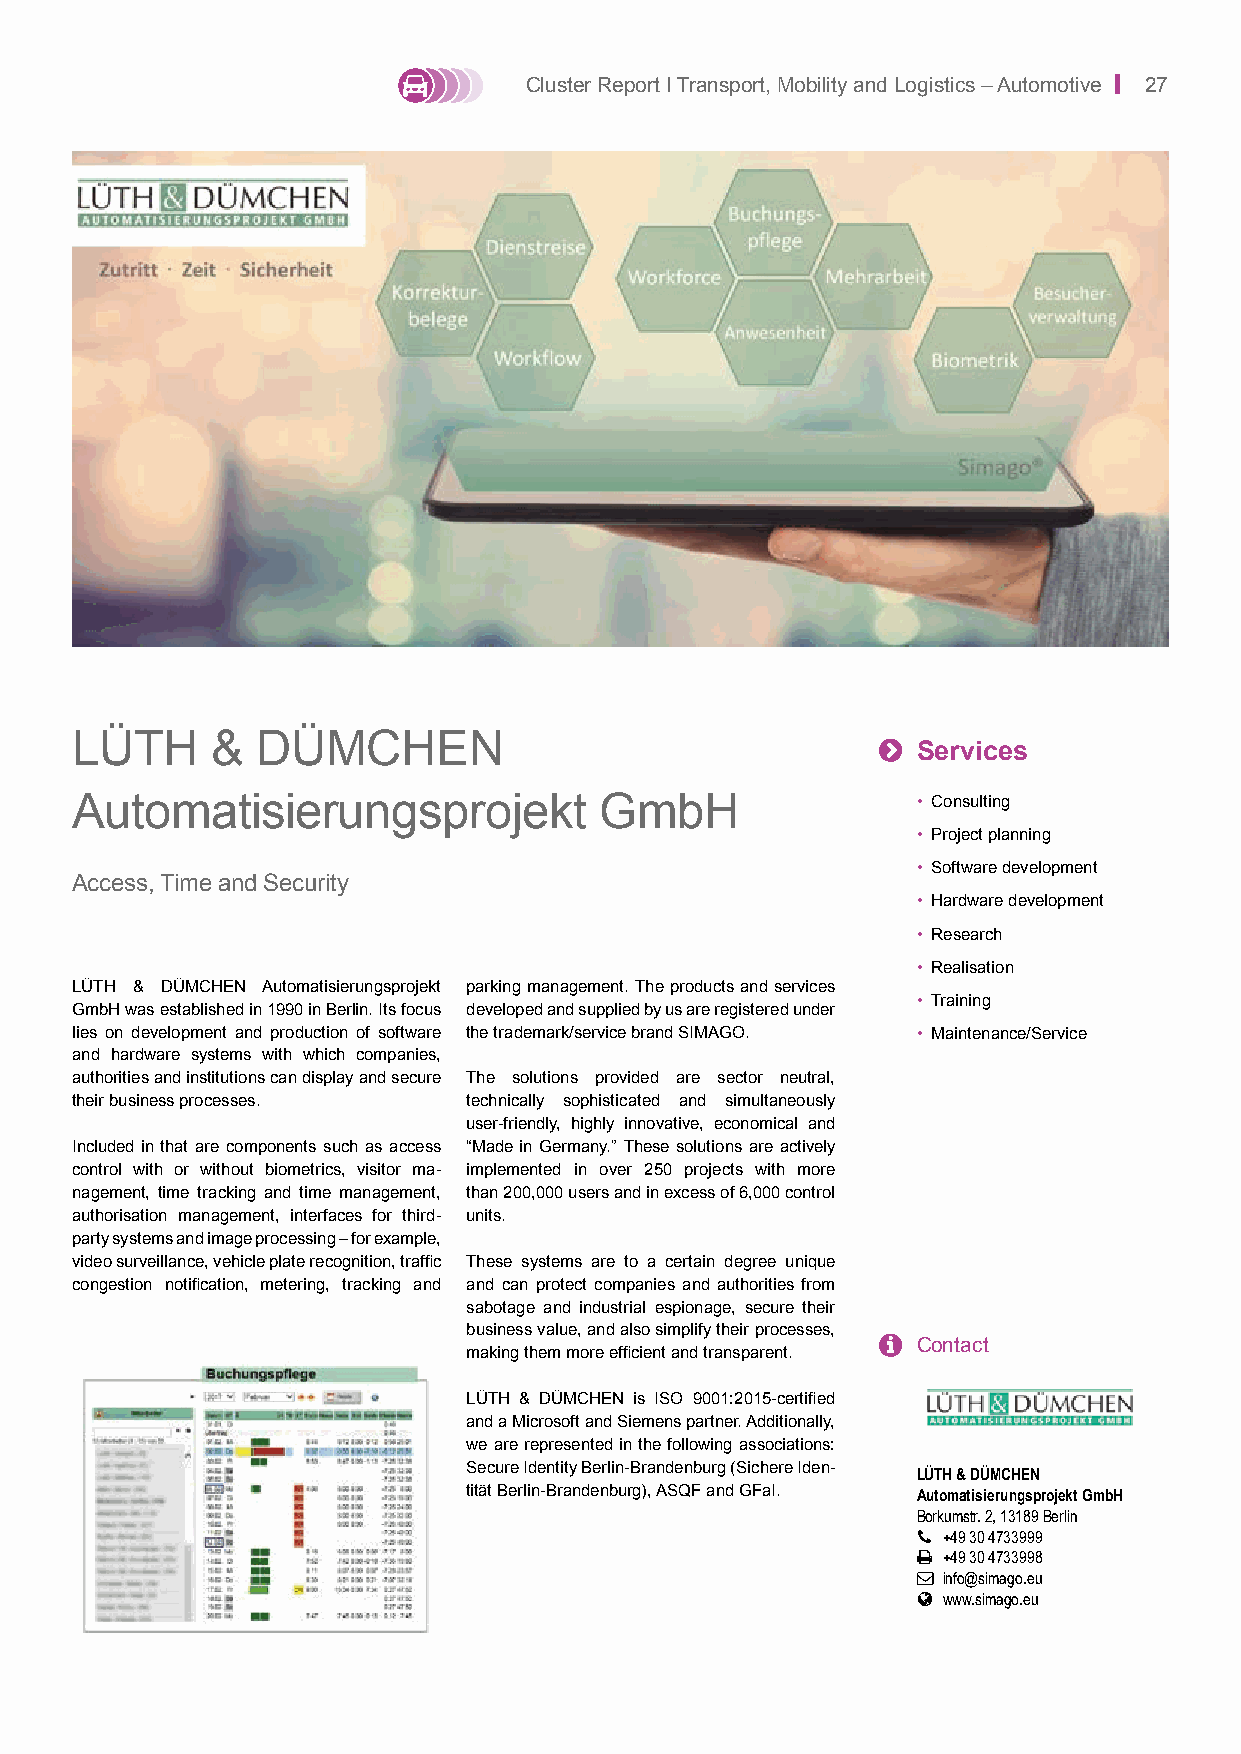
Cluster Report I Transport, Mobility and Logistics – Automotive | 27
 LÜTH     &  DÜMCHEN                                  
 Services
 Automatisierungsprojekt            GmbH                 • Consulting
 • Project planning
 • Software development
 Access, Time and Security
 • Hardware development
 • Research
 • Realisation
 LÜTH & DÜMCHEN Automatisierungsprojekt parking management. The products and services
 • Training
 GmbH was established in 1990 in Berlin. Its focus developed and supplied by us are registered under
 lies on development and production of software the trademark/service brand SIMAGO. • Maintenance/Service
 and hardware systems with which companies,
 authorities and institutions can display and secure The solutions provided are sector neutral,
 their business processes. technically sophisticated and simultaneously
 user-friendly, highly innovative, economical and
 Included in that are components such as access “Made in Germany.” These solutions are actively
 control with or without biometrics, visitor ma- implemented in over 250 projects with more
 nagement, time tracking and time management, than 200,000 users and in excess of 6,000 control
 authorisation management, interfaces for third- units.
 party systems and image processing – for example,
 video surveillance, vehicle plate recognition, traffic These systems are to a certain degree unique
 congestion notification, metering, tracking and and can protect companies and authorities from
 sabotage and industrial espionage, secure their
 business value, and also simplify their processes,
   Contact
 making them more efficient and transparent.
 LÜTH & DÜMCHEN is ISO 9001:2015-certified
 and a Microsoft and Siemens partner. Additionally,
 we are represented in the following associations:
 Secure Identity Berlin-Brandenburg (Sichere Iden- LÜTH & DÜMCHEN
 tität Berlin-Brandenburg), ASQF and GFaI. Automatisierungsprojekt GmbH
 Borkumstr. 2, 13189 Berlin
  +49 30 4733999
  +49 30 4733998
  info@simago.eu
  www.simago.eu